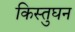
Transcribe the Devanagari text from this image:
किस्तुघन